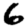
Digit: 6